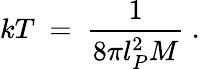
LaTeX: kT\ =\ \frac{1}{8\pi l_{P}^{2}M}\ .